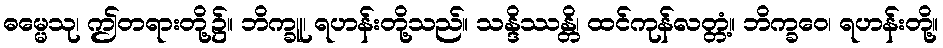
ဓမ္မေသု၊ ဤတရားတို့၌။ ဘိက္ခူ၊ ရဟန်းတို့သည်။ သန္ဒိဿန္တိ၊ ထင်ကုန်လတ္တံ့။ ဘိက္ခဝေ၊ ရဟန်းတို့။